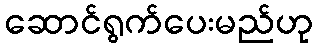
ဆောင်ရွက်ပေးမည်ဟု